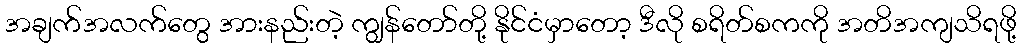
အချက်အလက်တွေ အားနည်းတဲ့ ကျွန်တော်တို့ နိုင်ငံမှာတော့ ဒီလို စရိတ်စကကို အတိအကျသိရဖို့